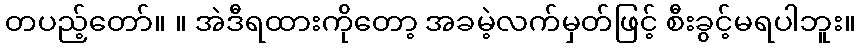
တပည့်တော်။ ။ အဲဒီရထားကိုတော့ အခမဲ့လက်မှတ်ဖြင့် စီးခွင့်မရပါဘူး။